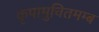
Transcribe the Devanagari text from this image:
कृपामुचितमम्ब